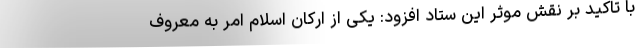
با تاکید بر نقش موثر این ستاد افزود: یکی از ارکان اسلام امر به معروف